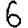
Digit: 6